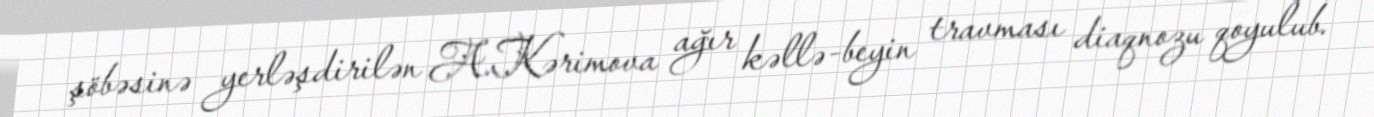
şöbəsinə yerləşdirilən A.Kərimova ağır kəllə-beyin travması diaqnozu qoyulub.